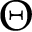
\Theta